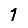
Digit: 1